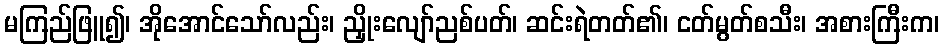
မကြည်ဖြူ၍၊ အိုအောင်သော်လည်း၊ ညှိုးလျော်ညစ်ပတ်၊ ဆင်းရဲတတ်၏၊ ငတ်မွတ်စသီး၊ အစားကြီးက၊